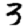
Digit: 3